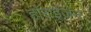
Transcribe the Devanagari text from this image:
हाॅराईज़न